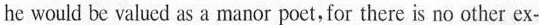
he would be valued as a manor poct, for there is no other ex-